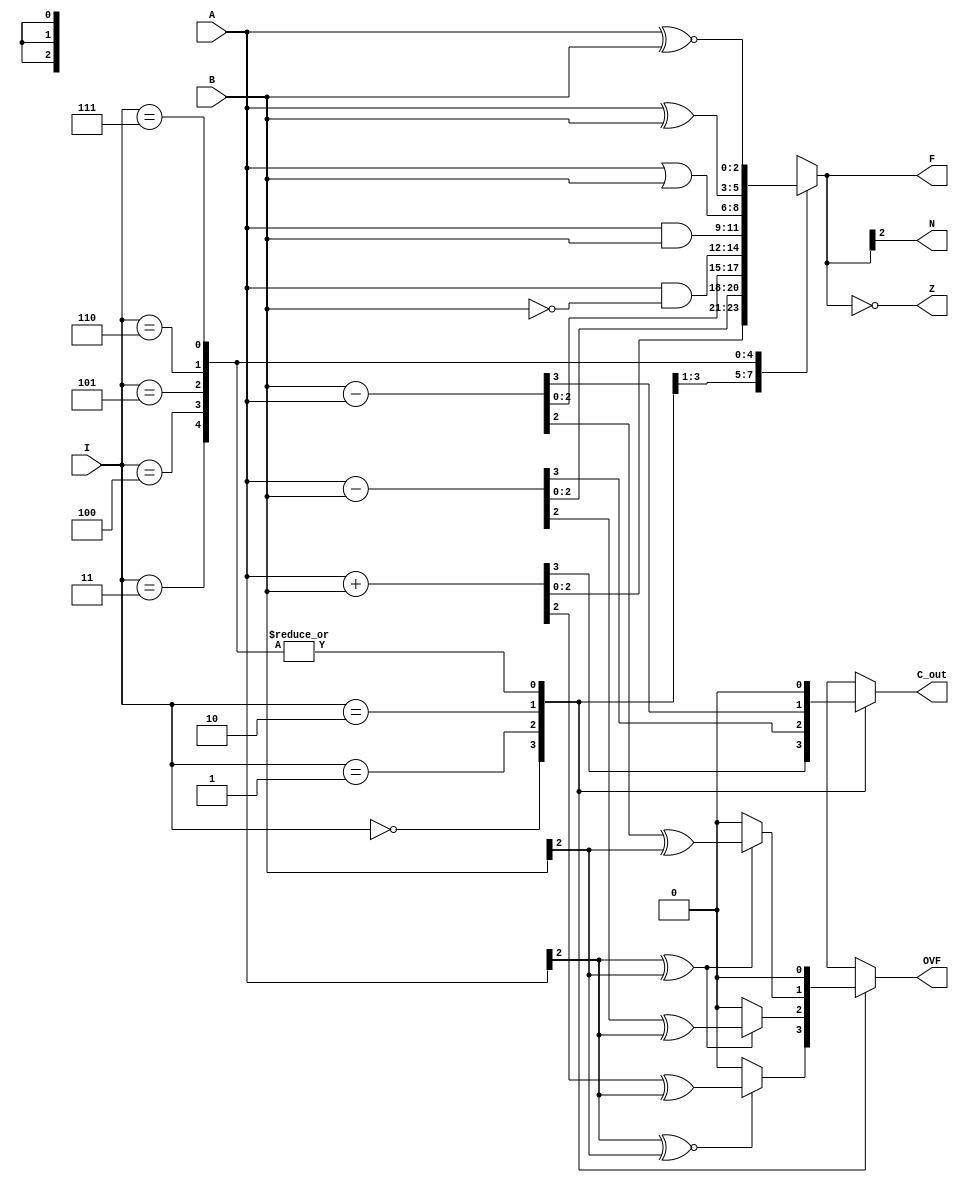
module ALU #(parameter W = 3)(A, B, I, F, C_out, OVF, Z, N);

	input [W-1:0] A;
	input [W-1:0] B;
	input [2:0] I;

	output reg C_out, OVF, Z, N;
	output reg [W-1:0] F;

always @(A, B, I)
	begin
	case(I)
		3'b000:	begin						// A + B, OVF and C_out are updated 
					{C_out, F} = A + B;
					if (A[W-1] ~^ B[W-1])
						OVF = F[W-1] ^ A[W-1];
					else
						OVF = 0;
					end
		3'b001:	begin						// A - B, OVF and C_out are updated 
					{C_out, F} = A - B;
					if ((A[W-1] ^ B[W-1]))
						OVF = F[W-1] ^ A[W-1];
					else
						OVF = 0;
					end
		3'b010:	begin						// B - A, OVF and C_out are updated  
					{C_out, F} = B - A;
					if ((A[W-1] ^ B[W-1]))
						OVF = F[W-1] ^ B[W-1];
					else
						OVF = 0;
					end
		3'b011:	begin					// Bit Clear
					F = A & ~B;
					C_out = 0;
					OVF = 0;
					end
		3'b100:	begin					// A and B
					F = A & B;
					C_out = 0;
					OVF = 0;
					end
		3'b101:	begin					// A or B
					F = A | B;
					C_out = 0;
					OVF = 0;
					end
		3'b110:	begin					// A exor B
					F = A ^ B;
					C_out = 0;
					OVF = 0;				
					end
		3'b111:	begin					// A exnor B
					F = A ~^ B;
					C_out = 0;
					OVF = 0;
					end
	endcase			
	N = F[W-1];
	Z = (F == 0);
	end
endmodule